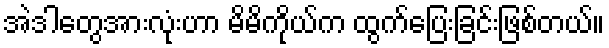
အဲဒါတွေအားလုံးဟာ မိမိကိုယ်က ထွက်ပြေးခြင်းဖြစ်တယ်။